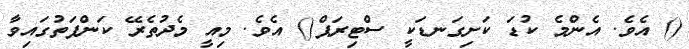
() އެވެ. އެންމެ ކުޑަ ކަށިގަނޑަކީ ސްޓިރަޕް() އެވެ. މިއީ މެދުތެރޭ ކަންފަތުގައިވާ